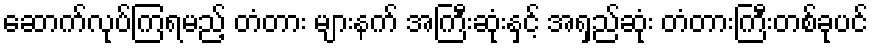
ဆောက်လုပ်ကြရမည့် တံတား များနက် အကြီးဆုံးနှင့် အရှည်ဆုံး တံတားကြီးတစ်ခုပင်